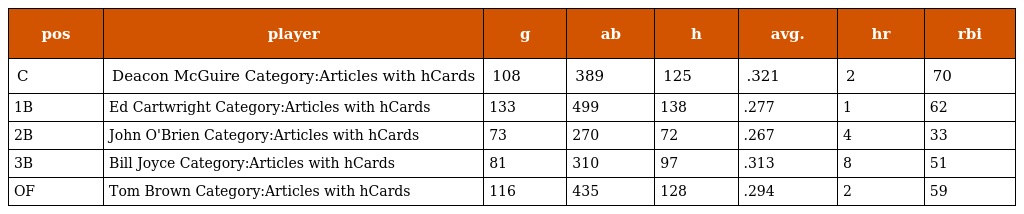
| pos | player | g | ab | h | avg. | hr | rbi |
 | --- | --- | --- | --- | --- | --- | --- | --- |
 | C | Deacon McGuire Category:Articles with hCards | 108 | 389 | 125 | .321 | 2 | 70 |
 | 1B | Ed Cartwright Category:Articles with hCards | 133 | 499 | 138 | .277 | 1 | 62 |
 | 2B | John O'Brien Category:Articles with hCards | 73 | 270 | 72 | .267 | 4 | 33 |
 | 3B | Bill Joyce Category:Articles with hCards | 81 | 310 | 97 | .313 | 8 | 51 |
 | OF | Tom Brown Category:Articles with hCards | 116 | 435 | 128 | .294 | 2 | 59 |